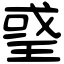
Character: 𤦂